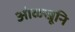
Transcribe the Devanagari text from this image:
ओळखूनि